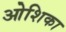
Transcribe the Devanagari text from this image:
ओशिका